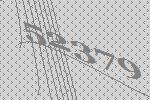
52379